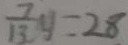
\frac { 7 } { 1 3 } y = 2 8